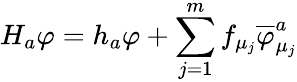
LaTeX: H_{a}\varphi=h_{a}\varphi+\sum_{j=1}^{m}f_{\mu_{j}}\overline{{{\varphi}}}_{\mu_{j}}^{a}